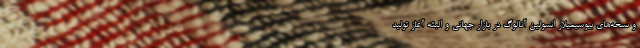
و نسخه‌های بیوسیمیلار انسولین آنالوگ در بازار جهانی و البته آغاز تولید